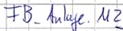
Text: FB_Anlage.M2